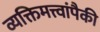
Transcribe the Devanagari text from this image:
व्यक्तिमत्त्वांपैकी